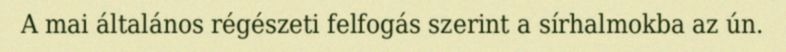
A mai általános régészeti felfogás szerint a sírhalmokba az ún.